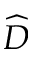
\widehat { \cal D }